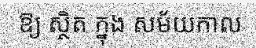
ឱ្យ ស្ថិត ក្នុង សម័យកាល